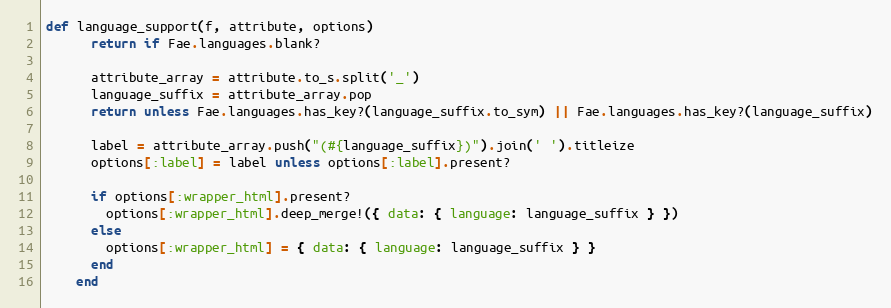
Language: Ruby
def language_support(f, attribute, options)
      return if Fae.languages.blank?

      attribute_array = attribute.to_s.split('_')
      language_suffix = attribute_array.pop
      return unless Fae.languages.has_key?(language_suffix.to_sym) || Fae.languages.has_key?(language_suffix)

      label = attribute_array.push("(#{language_suffix})").join(' ').titleize
      options[:label] = label unless options[:label].present?

      if options[:wrapper_html].present?
        options[:wrapper_html].deep_merge!({ data: { language: language_suffix } })
      else
        options[:wrapper_html] = { data: { language: language_suffix } }
      end
    end